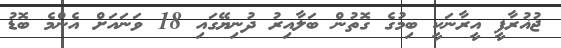
ޖުޣުރާފީ އީރާނަކީ ބިމުގެ ގޮތުން ބަލާއިރު ދުނިޔޭގައި 18 ވަނައަށް އެންމެ ބޮޑު